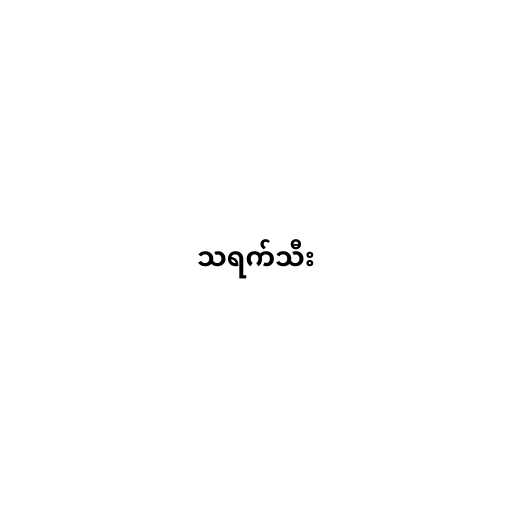
သရက်သီး